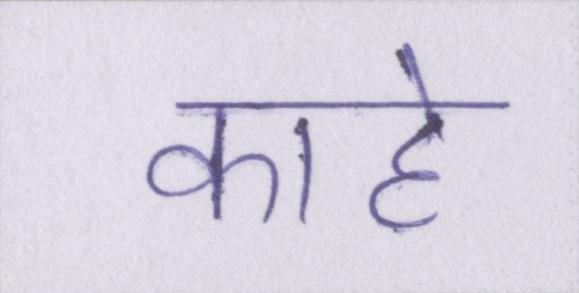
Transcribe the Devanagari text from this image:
काहे